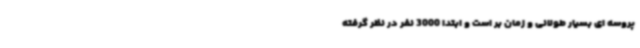
پروسه ای بسیار طولانی و زمان بر است و ابتدا 3000 نفر در نظر گرفته